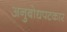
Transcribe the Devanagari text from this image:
अनुबोधपटकार